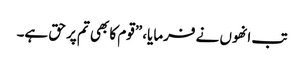
تب انھوں نے فرمایا، ”قوم کا بھی تم پر حق ہے۔